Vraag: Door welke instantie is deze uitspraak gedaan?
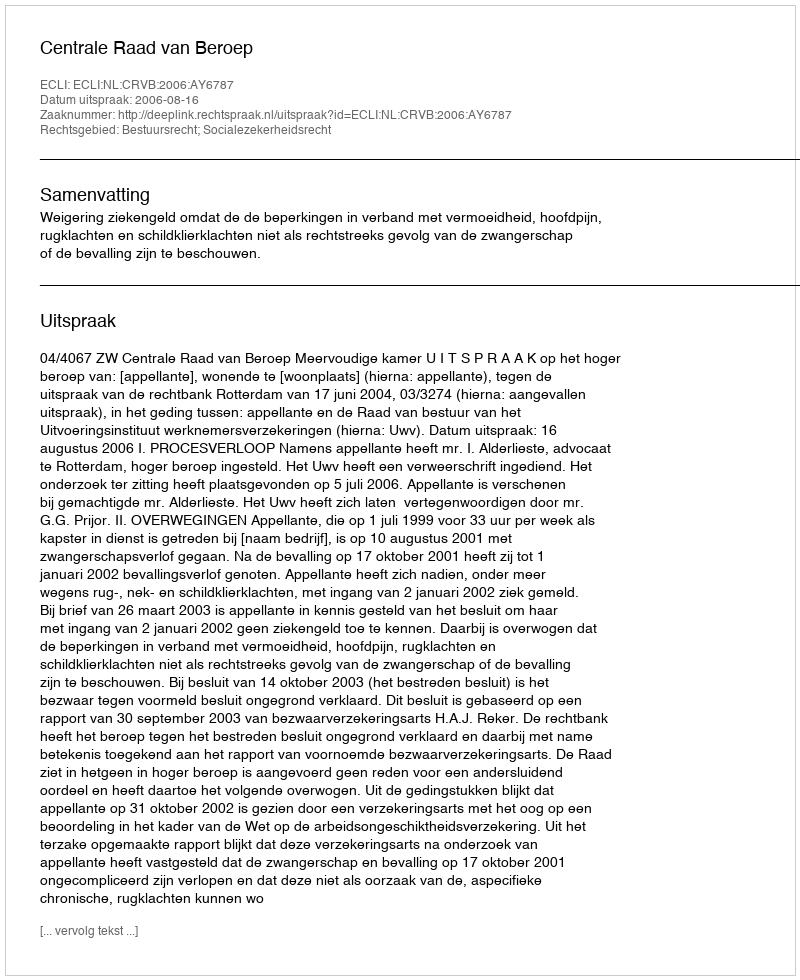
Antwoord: Centrale Raad van Beroep